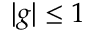
| g | \leq 1